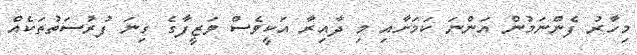
މިހާރު ފެންނަމުން އަންނަ ކަމަށާއި މި ދާއިރާ އަކީވެސް ވަޒީފާގެ ގިނަ ފުރުސަތުތަކެއް